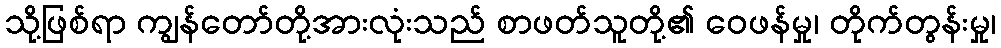
သို့ဖြစ်ရာ ကျွန်တော်တို့အားလုံးသည် စာဖတ်သူတို့၏ ဝေဖန်မှု၊ တိုက်တွန်းမှု၊